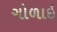
ગોળાઇ